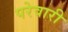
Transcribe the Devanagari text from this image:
परेवारी